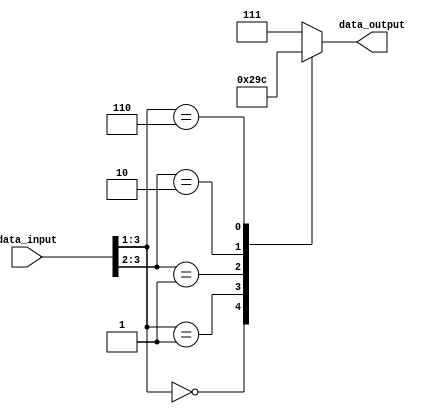
module BehavioralModeling(
    input wire [3:0] data_input,
    output reg [2:0] data_output
);

always @(*) begin
    casez(data_input)
        4'b000?: data_output = 3'b000;
        4'b001?: data_output = 3'b001;
        4'b01??: data_output = 3'b010;
        4'b10??: data_output = 3'b011;
        4'b110?: data_output = 3'b100;
        default: data_output = 3'b111;
    endcase
end

endmodule